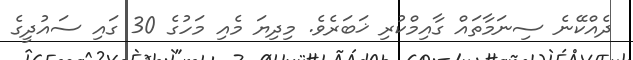
ދެއްކޭނެ ސިނަމާތައް ގާއިމްކުރި ޚަބަރެވެ. މިދިޔަ މެއި މަހުގެ 30 ގައި ސައުދީގެ